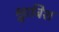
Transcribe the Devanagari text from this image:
श्वाबिश